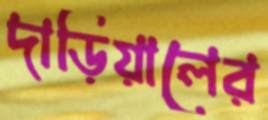
দাড়িয়ালের